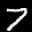
Label: 7